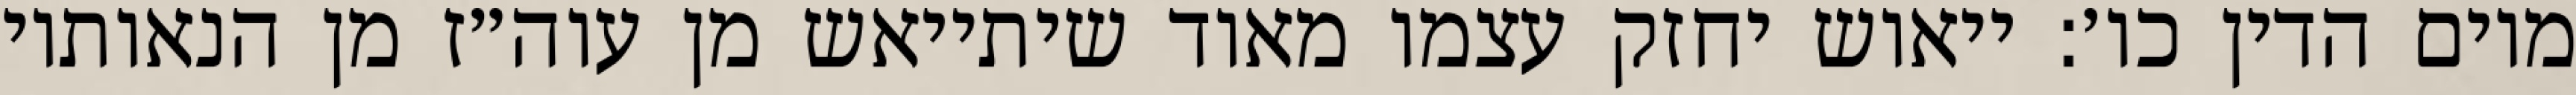
מיום הדין כו׳: ייאוש יחזק עצמו מאוד שיתייאש מן עוה״ז מן הנאותיו